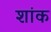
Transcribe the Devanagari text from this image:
शांक